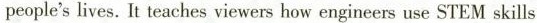
people'slives. It teaches viewers how engineers use STEM skills